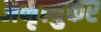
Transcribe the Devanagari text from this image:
अमृत्युकर